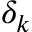
\delta _ { k }